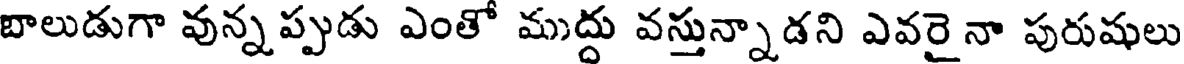
బాలుడుగా వున్నప్పుడు ఎంతో ముద్దు వస్తున్నాడని ఎవరైనా పురుషులు